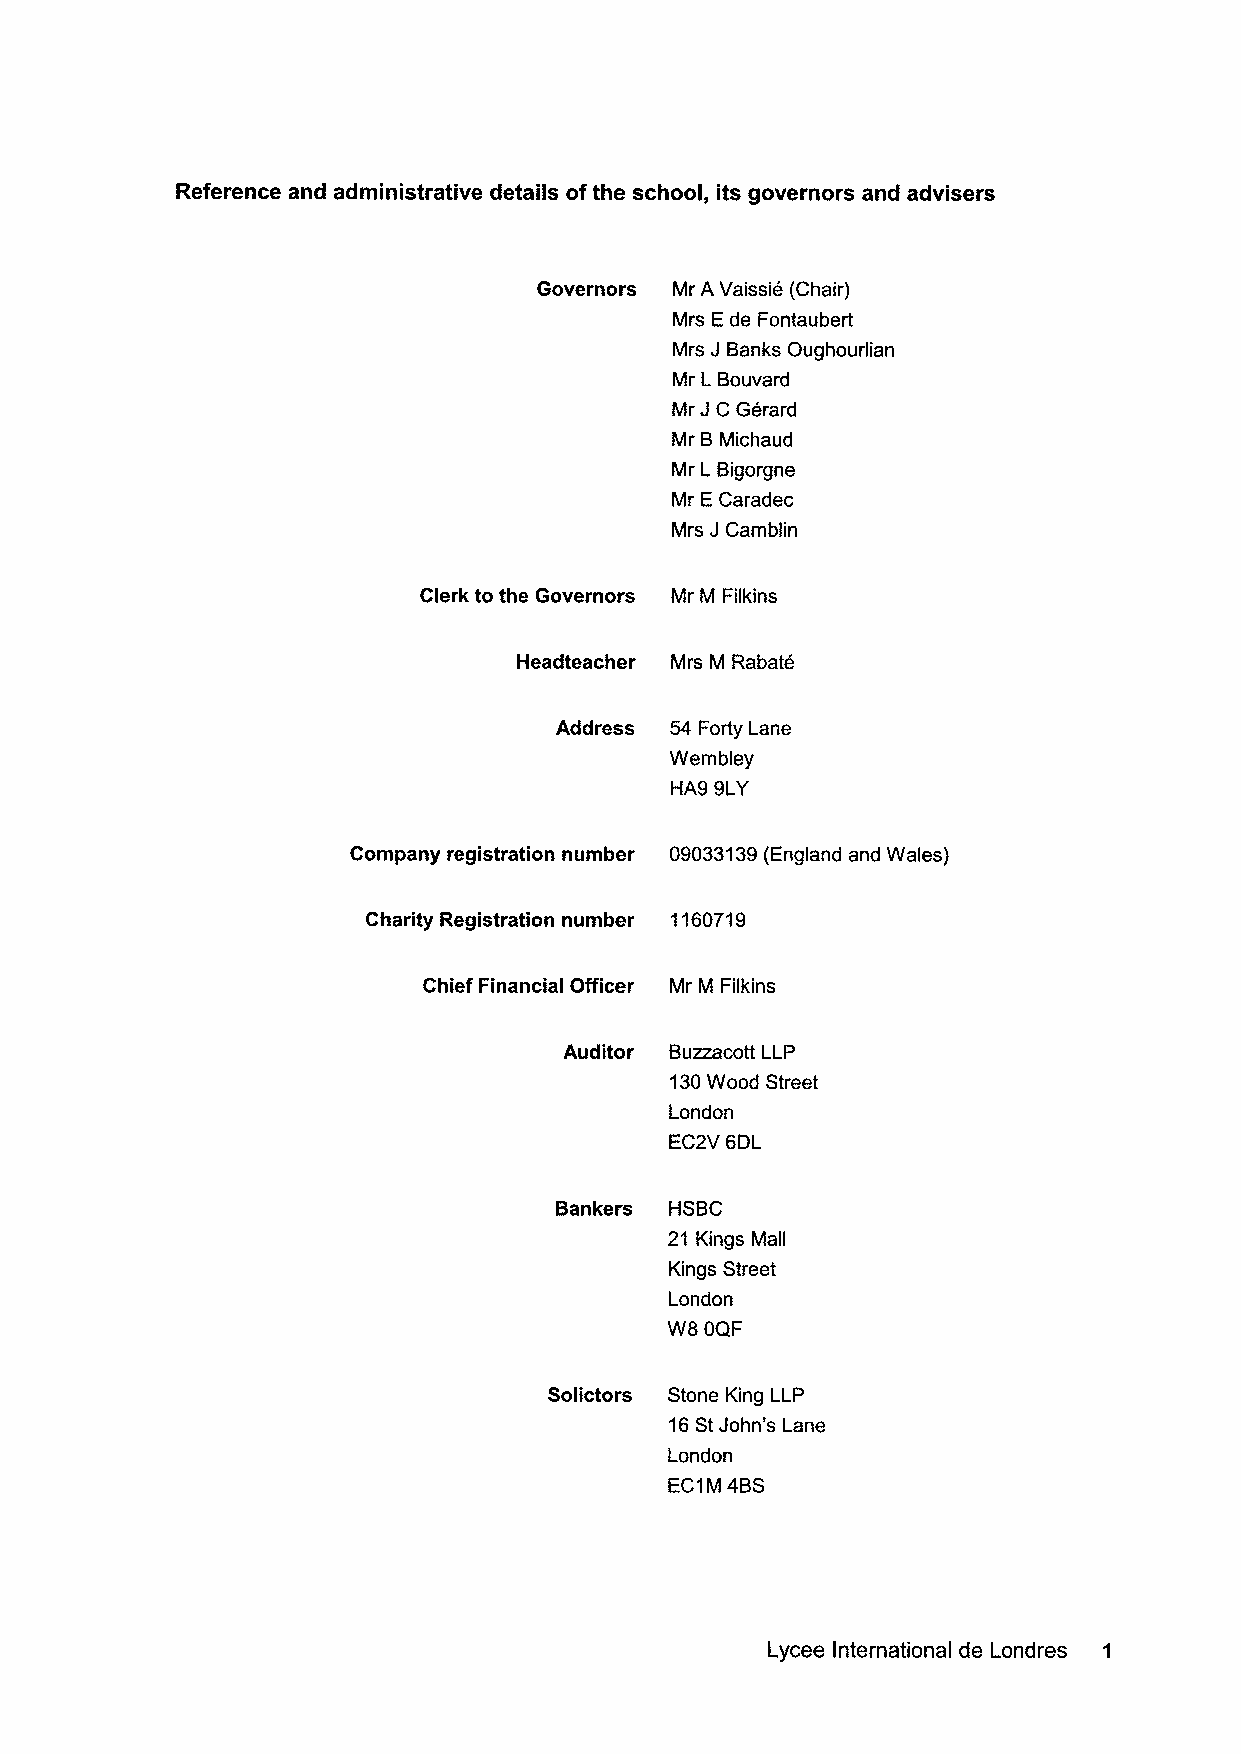
Reference and administrative details ofthe school, its governors and advisers
 Governors Mr A Vaissie (Chair)
 Mrs Ede Fontaubert
 Mrs J Banks Oughourlian
 Mr L Bouvard
 Mr JC Gerard
 Mr BMichaud
 Mr L Bigorgne
 Mr ECaradec
 Mrs JCamblin
 Clerk to the Governors Mr M Filkins
 Headteacher Mrs M Rabate
 Address 54 Forty Lane
 Wembley
 HA9 9LY
 Company registration number 09033139(England and Wales)
 Charity Registration number 1160719
 Chief Financial Officer Mr M Filkins
 Auditor Buzzacott LLP
 130Wood Street
 London
 EC2V 6DL
 Bankers HSBC
 21 Kings Mall
 Kings Street
 London
 W8 OQF
 Solictors Stone King LLP
 16StJohn's Lane
 London
 EC1M4BS
 Lycee International de Londres 1